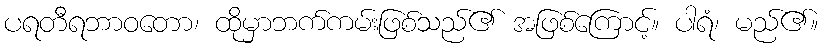
ပရတီရဘာဝတော၊ ထိုမှာဘက်ကမ်းဖြစ်သည်၏ အဖြစ်ကြောင့်။ ပါရံ၊ မည်၏။